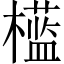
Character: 𣞎